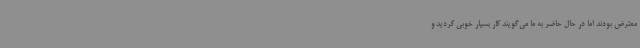
معترض بودند اما در حال حاضر به ما می‌گویند کار بسیار خوبی کردید و